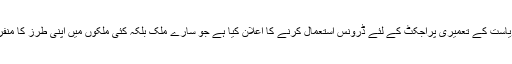
انھوں نے ریاست کے تعمیری پراجکٹ کے لئے ڈرونس استعمال کرنے کا اعلان کیا ہے جو سارے ملک بلکہ کئی ملکوں میں اپنی طرز کا منفرد اقدام ہوگا۔